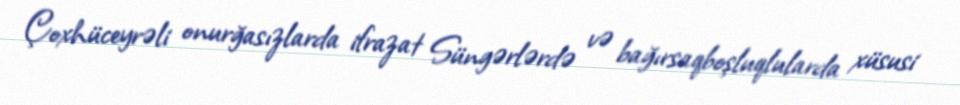
Çoxhüceyrəli onurğasızlarda ifrazat Süngərlərdə və bağırsaqboşluqlularda xüsusi